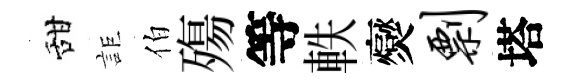
甜詎伯殤等軼爕剽塔